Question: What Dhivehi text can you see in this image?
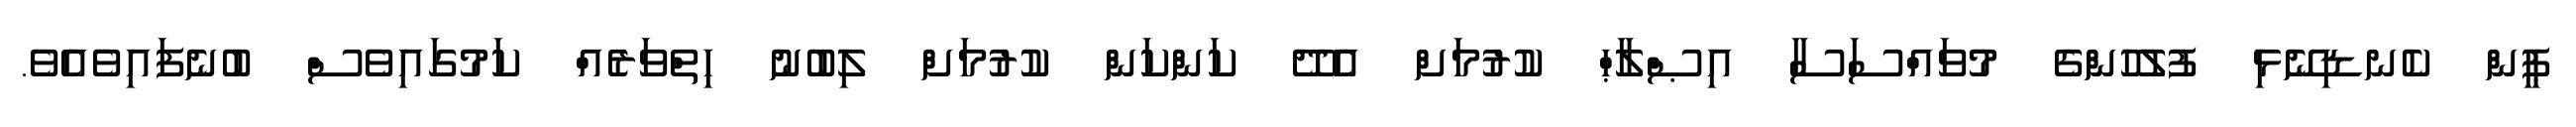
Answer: ޕީން ކެނޑިނޭޅި ފުލުހުންގެ މުވައްސަސާ އިޞްލާޙް ކުރުމަށް އެދޭ ކަންކަން ކުރުމަށް ލިބުނު ހިތްވަރެއް ކަމުގައިވެސް ބުނެފައިވެއެވެ.